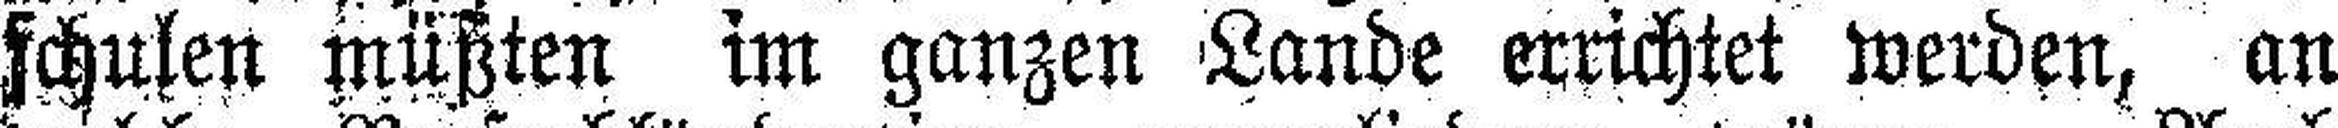
schulen müßten im ganzen Lande errichtet werden, an